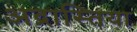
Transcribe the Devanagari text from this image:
अद्रास्तिया